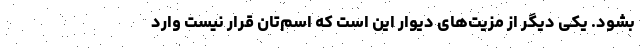
بشود. یکی دیگر از مزیت‌های دیوار این است که اسم‌تان قرار نیست وارد